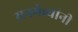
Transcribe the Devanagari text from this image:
रानमेव्यांनी